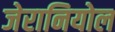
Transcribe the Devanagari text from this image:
जेरानियोल